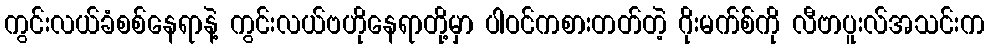
ကွင်းလယ်ခံစစ်နေရာနဲ့ ကွင်းလယ်ဗဟိုနေရာတို့မှာ ပါဝင်ကစားတတ်တဲ့ ဂိုးမက်စ်ကို လီဗာပူးလ်အသင်းက